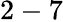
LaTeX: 2-7